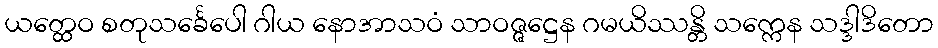
ယတ္ထေဝ စတုသင်္ခေပေါ ဂါယ နောအာသဝံ သာဝဇ္ဇဋ္ဌေန ဂမယိဿန္တိ သက္ကေန သဒ္ဒါဒိတော